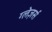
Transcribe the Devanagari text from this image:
ग्लेज़र्स